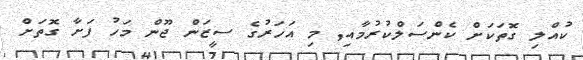
ކުއްލި ގޮތަކަށް ކެންސަލްކުރުމާއި